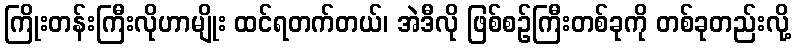
ကြိုးတန်းကြီးလိုဟာမျိုး ထင်ရတက်တယ်၊ အဲဒီလို ဖြစ်စဉ်ကြီးတစ်ခုကို တစ်ခုတည်းလို့